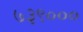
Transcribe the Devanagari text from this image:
७३९०००